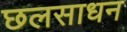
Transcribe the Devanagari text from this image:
छलसाधन